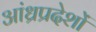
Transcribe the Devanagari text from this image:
आंध्रप्रदेशों